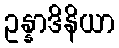
ဥန္နာဒိနိယာ